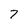
Character: 7